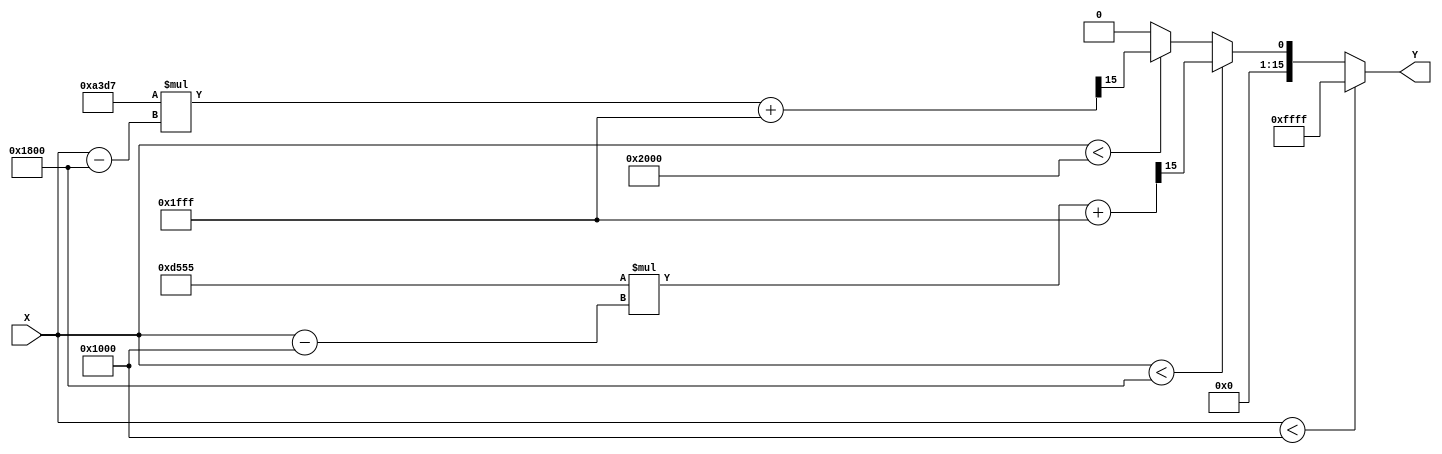
module PLA_Reciprocal (
    input wire [15:0] X, // 16-bit fixed-point input (range [1, 2])
    output reg [15:0] Y  // 16-bit fixed-point output (reciprocal)
);

    // Define breakpoints and coefficients for piecewise linear approximation
    localparam [15:0] BP0 = 16'h1000; // 1.0 in fixed-point
    localparam [15:0] BP1 = 16'h1800; // 1.5 in fixed-point
    localparam [15:0] BP2 = 16'h2000; // 2.0 in fixed-point

    // Coefficients for each segment (m, b)
    localparam [15:0] M0 = 16'hD555; // Slope for segment [1.0, 1.5]
    localparam [15:0] B0 = 16'h1FFF; // Intercept for segment [1.0, 1.5]
    
    localparam [15:0] M1 = 16'hA3D7; // Slope for segment [1.5, 2.0]
    localparam [15:0] B1 = 16'h1FFF; // Intercept for segment [1.5, 2.0]

    always @(*) begin
        if (X < BP0) begin
            Y = 16'hFFFF; // Out of range, return maximum (or handle error)
        end else if (X < BP1) begin
            // Segment [1.0, 1.5]
            Y = (M0 * (X - BP0) + B0) >> 15; // Linear interpolation
        end else if (X < BP2) begin
            // Segment [1.5, 2.0]
            Y = (M1 * (X - BP1) + B1) >> 15; // Linear interpolation
        end else begin
            Y = 16'h0000; // Out of range, return minimum (or handle error)
        end
    end

endmodule